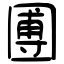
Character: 圑